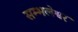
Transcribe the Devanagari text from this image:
सम्भलेश्वर